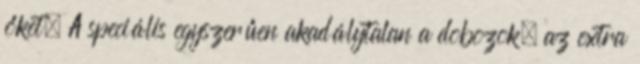
őket. A speciális egyszerűen akadálytalan a dobozok, az extra